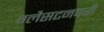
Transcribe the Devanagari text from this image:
ग्लैसटनबरी